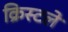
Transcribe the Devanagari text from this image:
क्रिस्टले